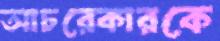
আচরেকারকে